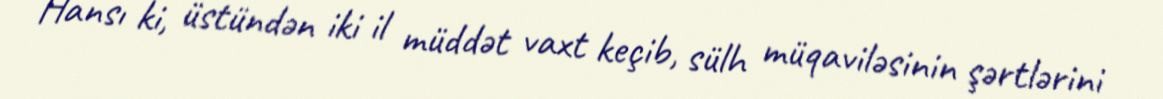
Hansı ki, üstündən iki il müddət vaxt keçib, sülh müqaviləsinin şərtlərini